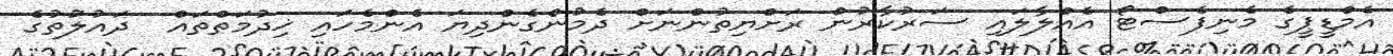
އެމްޑީޕީގެ މެނިފެސްޓޯ އެއްލާލައި ސަރުކާރުން ރަށްޔިތުންނަށް ދެމުންގެންދިޔަ އެންމެހައި ޚިދުމަތްތައް  ދައުލަުތުގެ